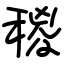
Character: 稯